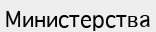
Министерства